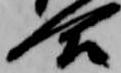
合